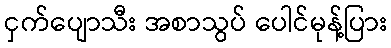
ငှက်ပျောသီး အစာသွပ် ပေါင်မုန့်ပြား